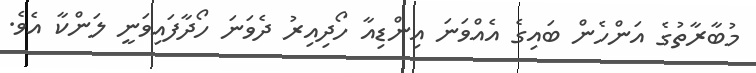
މުބާރާތުގެ އަންހެން ބައިގެ އެއްވަނަ އިންޑިއާ ހޯދިއިރު ދެވަނަ ހޯދާފައިވަނީ ލަންކާ އެވެ.